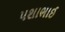
પશાભાઈ